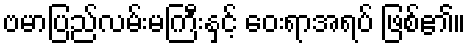
ဗမာပြည်လမ်းမကြီးနှင့် ဝေးရာအရပ် ဖြစ်၏။